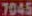
7045